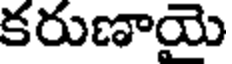
కరుణాయె